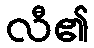
လီ၏